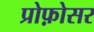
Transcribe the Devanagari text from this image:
प्रोफ़ोसर